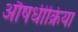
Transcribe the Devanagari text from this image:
औषधीक्रिया